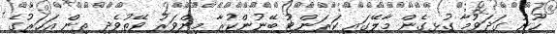
ހޫނު ގަދަވުމާ ގުޅިގެން މާލޭގައި ކަރަންޓު ބޭނުންކުރާ މިންވަރު ވޭތުވެދި ތިން އަހަރުގެ